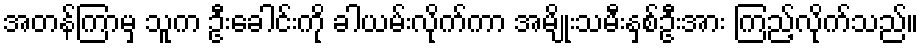
အတန်ကြာမှ သူက ဦးခေါင်းကို ခါယမ်းလိုက်ကာ အမျိုးသမီးနှစ်ဦးအား ကြည့်လိုက်သည်။